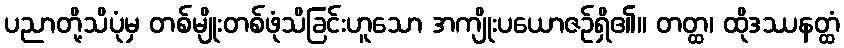
ပညာတို့သိပုံမှ တစ်မျိုးတစ်ဖုံသိခြင်းဟူသော အကျိုးပယောဇဉ်ရှိ၏။ တတ္ထ၊ ထိုဒဿနတ္ထံ